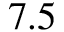
7 . 5